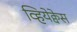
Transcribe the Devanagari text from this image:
व्हियेक्वेस